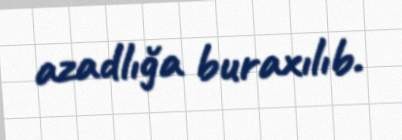
azadlığa buraxılıb.